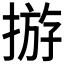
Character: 𢰧